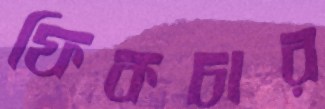
ফিকচার